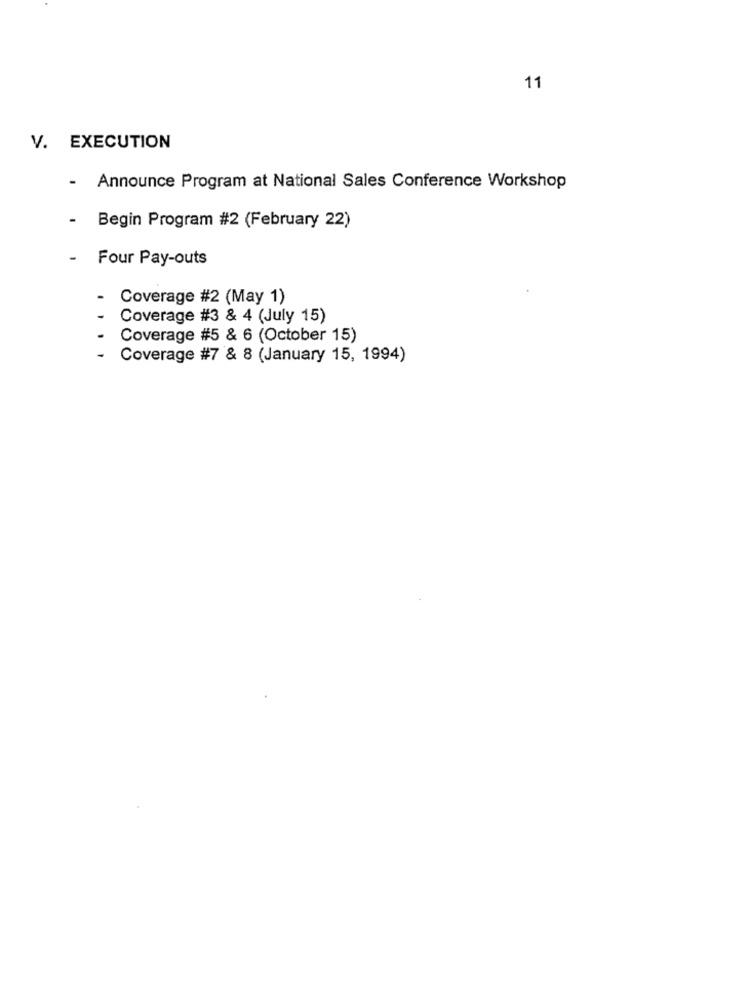
11
V. EXECUTION
- Announce Program at National Sales Conference Workshop
-
Begin Program #2 (February 22)
-
Four Pay-outs
Coverage #2 (May 1)
Coverage #3 & 4 (July 15)
Coverage #5 & 6 (October 15)
Coverage #7 & 8 (January 15, 1994)